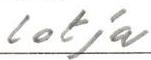
lotja